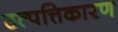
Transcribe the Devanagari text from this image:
उत्पत्तिकारण